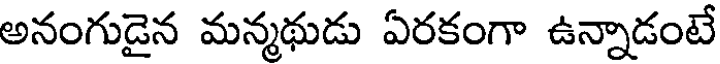
అనంగుడైన మన్మథుడు ఏరకంగా ఉన్నాడంటే